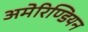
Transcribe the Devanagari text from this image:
अमेरिण्डियन